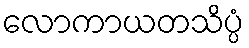
လောကာယတသိပ္ပံ